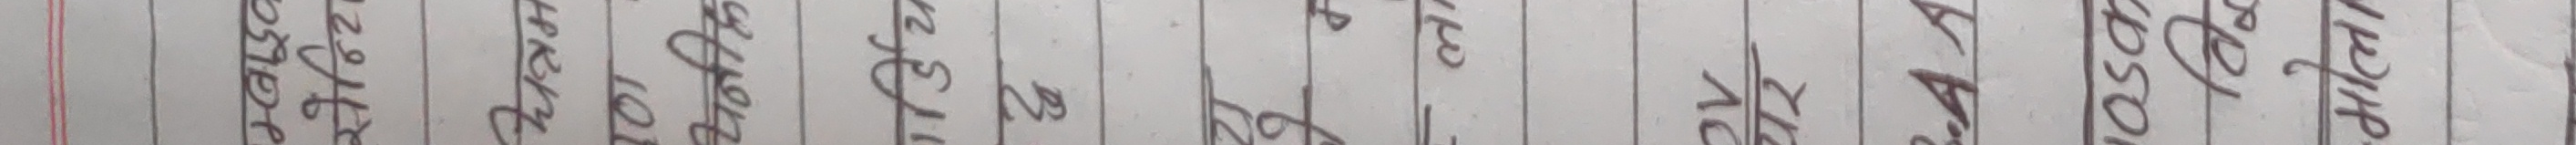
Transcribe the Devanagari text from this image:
ने.२९।६३ बाट
ने.१३।२६ बाट